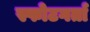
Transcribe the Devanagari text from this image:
स्फोटगर्ता